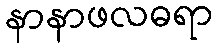
နာနာဖလဓရာ